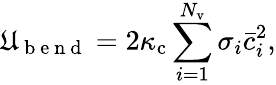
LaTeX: \mathfrak{U}_{\mathrm{{~b~e~n~d~}}}=2\kappa_{\mathrm{{c}}}\sum_{i=1}^{N_{\mathrm{{v}}}}\sigma_{i}\bar{{c}}_{i}^{2},